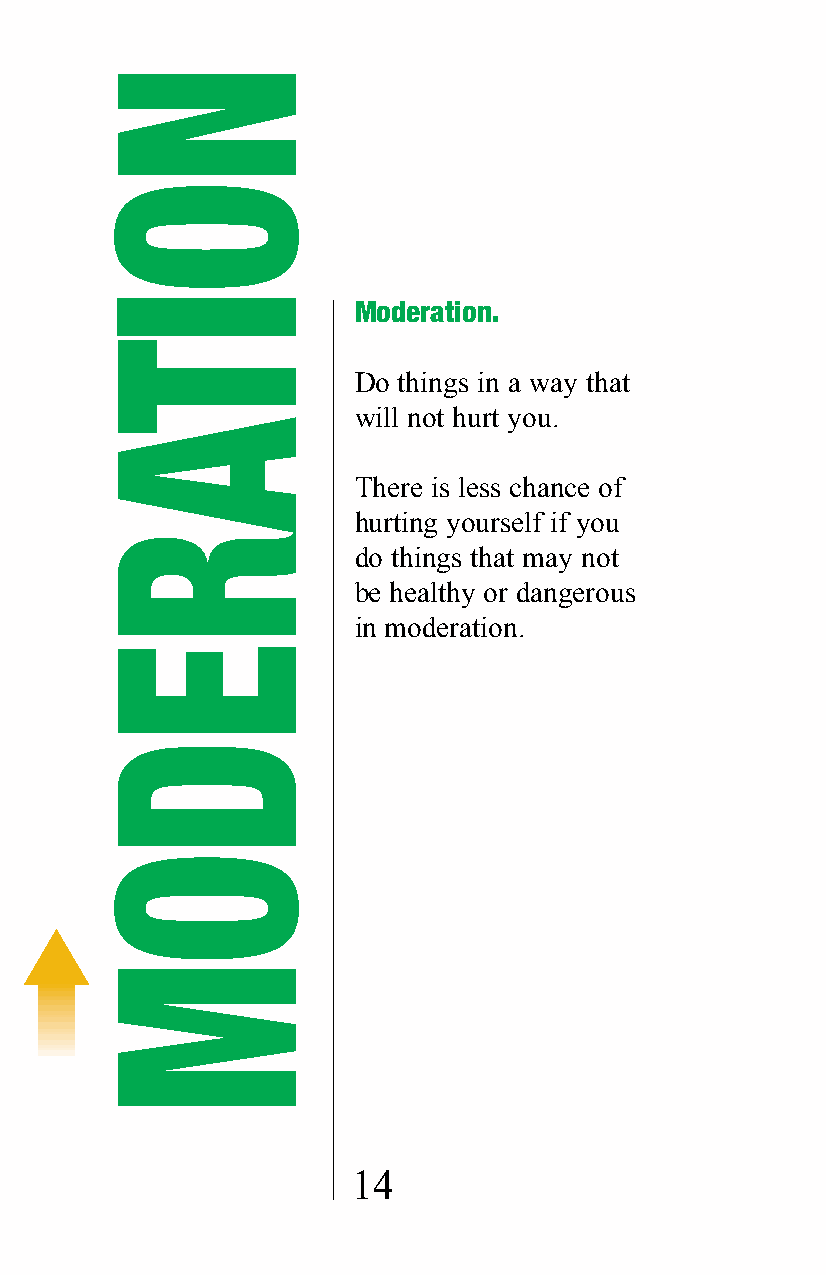
Moderation.
 Do things in a way that
 will not hurt you.
 There is less chance of
 hurting yourself if you
 do things that may not
 be healthy or dangerous
 in moderation.
 14
 NOITAREDOM